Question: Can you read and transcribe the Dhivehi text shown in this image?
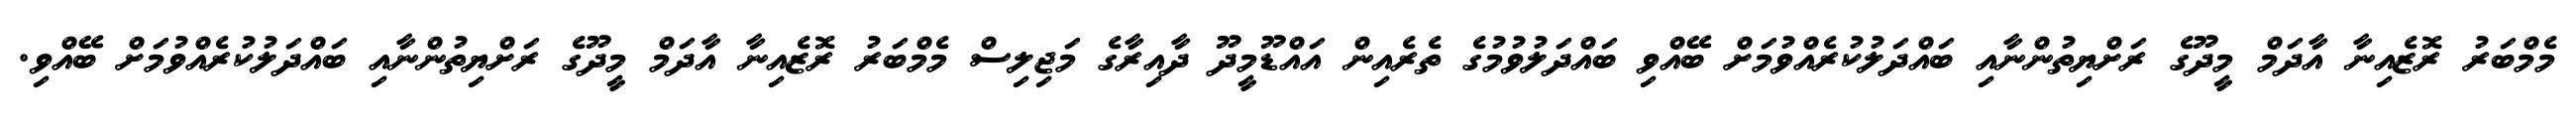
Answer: މެމްބަރު ރޮޒެއިނާ އާދަމް މީދޫގެ ރަށްޔިތުންނާއި ބައްދަލުކުރެއްވުމަށް ބޭއްވި ބައްދަލުވުމުގެ ތެރެއިން އައްޑޫމީދޫ ދާއިރާގެ މަޖިލިސް މެމްބަރު ރޮޒެއިނާ އާދަމް މީދޫގެ ރަށްޔިތުންނާއި ބައްދަލުކުރެއްވުމަށް ބޭއްވި.